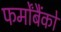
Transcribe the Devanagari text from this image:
फर्मोंबैंकों